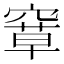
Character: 𰩗